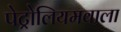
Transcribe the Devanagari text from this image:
पेट्रोलियमवाला